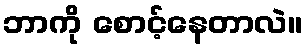
ဘာကို စောင့်နေတာလဲ။